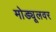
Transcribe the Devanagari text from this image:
मोड्यूलवर